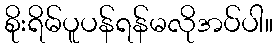
စိုးရိမ်ပူပန်ရန်မလိုအပ်ပါ။